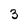
Character: 3